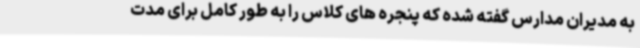
به مدیران مدارس گفته شده که پنجره های کلاس را به طور کامل برای مدت